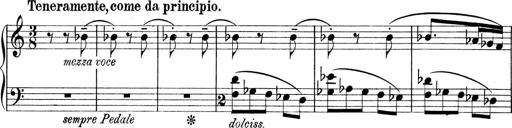
Title: Sonatina No.1
Composer: Otto Stoll
Key: C major